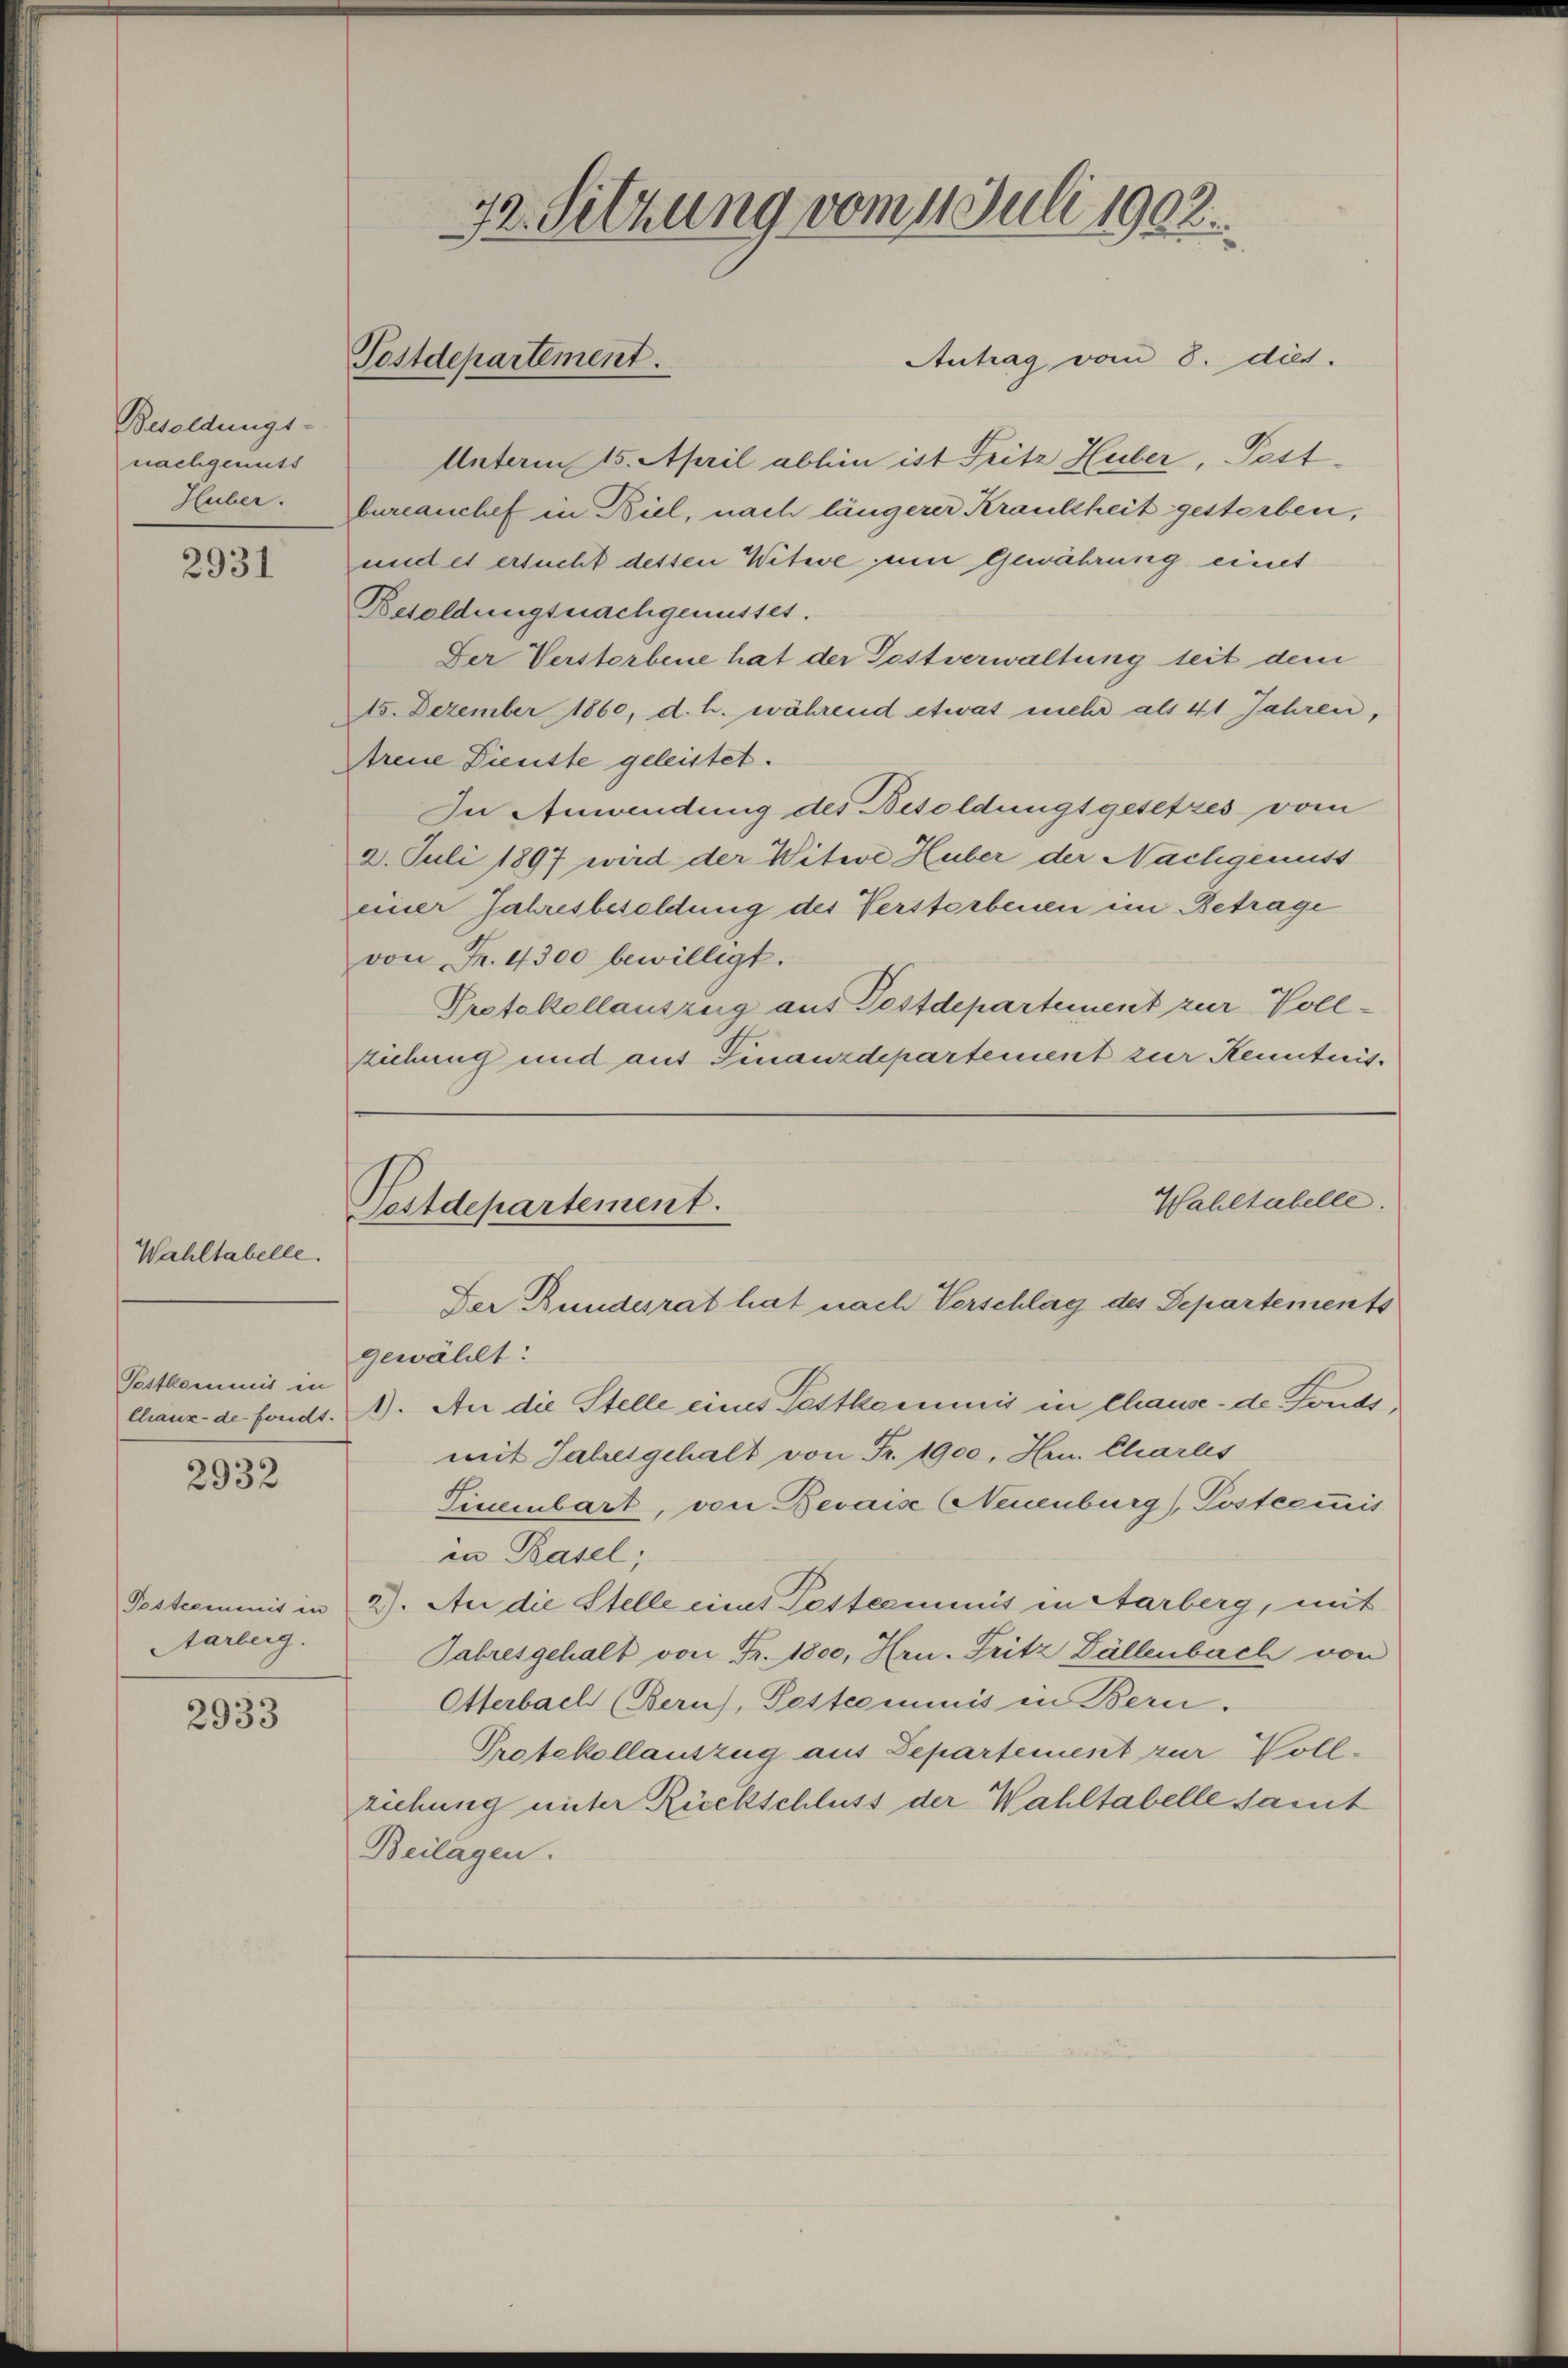
Besoldungs-
nachgemüts
Huber.

2931

2932

2933

Postdepartement.

Wahltabelle.
Postkommnis in

Antrag vom 8. dies.
Unterm 15. April abhin ist Fritz Huber, Pett-
bureauchef in Biel, nach längerer Krankheit gestorben,
und es ersucht dessen Witwe zum Gewährung eines
Besoldungsnachgenusses.
Der Verstorbene hat der Postverwaltung seit dem
15. Dezember 1860, d. h. während etwas mehr als 41 Jahren,
Areue Dienste geleistet.
In Anwendung des Besoldungsgesetzes vom
2. Juli 1897 wird der Witwe Huber der Nachgenuss
einer Jahresbesoldung des Verstorbenen im Betrage
von Fr. 4300 bewilligt.
Protokollauszug aus Postdepartement zur Vollziehung und aus Finanzdepartement zur Kenntnis.

Aarberg.

72. Sitzung vom 1. Juli 1902.

gewählt:
chanz de fonds. ). An die Stelle eines Festkommis in Chause de Fonds,
mit Jahresgehalt von Fr. 1900, Hrn. Charles
Tisenbart, von Bevaise Neuenburg), Postcommis
in Basel;
Pestcommis in 2). An die Stelle eint Pesterminis in Aarberg, mit
Jahresgehalt von Fr. 1800, Hrn. Fritz Dällenbach von
Otterbach (Bern), Pestcominis in Bern.
Protekollauszug aus Departement zur Voll-
ziehung unter Rückschluss der Wahltabelle samt
Beilagen.

Wahltabelle.
Pestdepartement.
Der Bundesrat hat nach Vorschlag des Departements